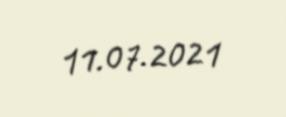
11.07.2021